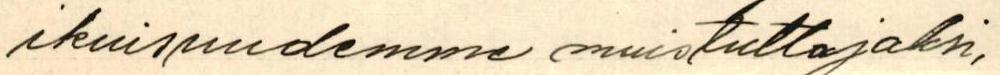
ikuisuudemme muistuttajaksi,